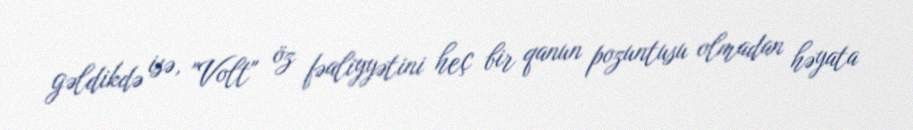
gəldikdə isə, "Volt" öz fəaliyyətini heç bir qanun pozuntusu olmadan həyata